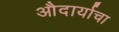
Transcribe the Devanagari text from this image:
औदार्याचा